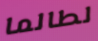
لطالما